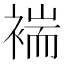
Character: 褍